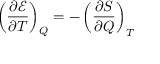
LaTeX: \left( { \frac { \partial { \mathcal { E } } } { \partial T } } \right) _ { Q } = - \left( { \frac { \partial S } { \partial Q } } \right) _ { T }